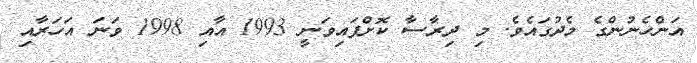
އަންހެނުންގެ މެދުގައެވެ. މި ދިރާސާ ކޮށްފައިވަނީ 1993 އާއި 1998 ވަނަ އަހަރާއި